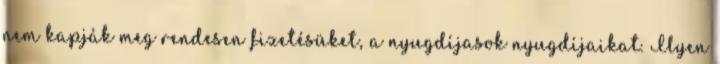
nem kapják meg rendesen fizetésüket, a nyugdíjasok nyugdíjaikat. Ilyen